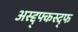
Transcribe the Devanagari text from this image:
अस्द्द्फ्कस्द्फ